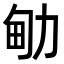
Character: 𠡪